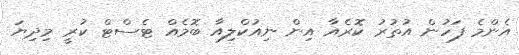
އެންމެ ފަހުން އުތުރު ކޮރެއާ އިން ނިއުކްލިއާ ބޮމެއް ޓެސްޓް ކުރީ މިދިޔަ